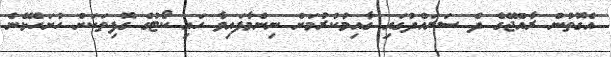
އެގޮތުން ރާއްޖޭގެ ދެ ސަރައްދުގައި ގާއިމުކުރުމަށް ނިންމާފައިވާ ހައި ކޯޓުގެ ގޮފިތަކަށް ހުށަހެޅޭނެ